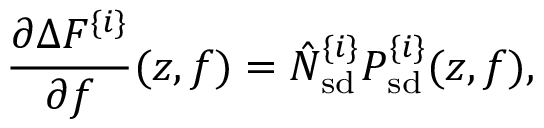
\frac { \partial \Delta F ^ { \{ i \} } } { \partial f } ( z , f ) = \hat { N } _ { \mathrm { s d } } ^ { \{ i \} } P _ { \mathrm { s d } } ^ { \{ i \} } ( z , f ) ,